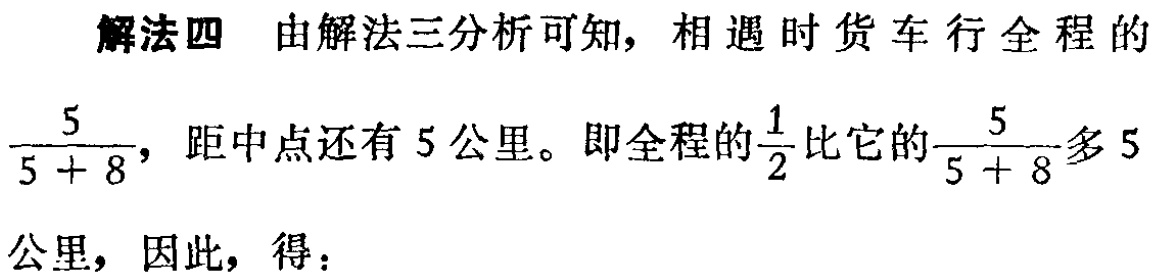
解法四 由解法三分析可知，相遇时货车行全程的$\frac{5}{5 + 8}$，距中点还有 5 公里。即全程的$\frac{1}{2}$比它的$\frac{5}{5 + 8}$多 5 公里，因此，得：